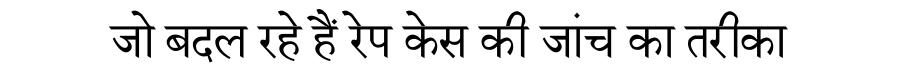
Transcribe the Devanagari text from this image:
जो बदल रहे हैं रेप केस की जांच का तरीका